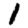
Digit: 1